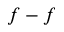
f - f